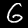
Label: 6